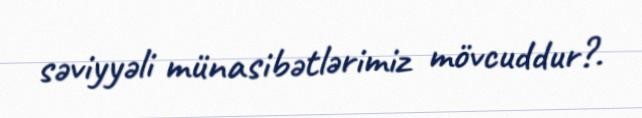
səviyyəli münasibətlərimiz mövcuddur?.